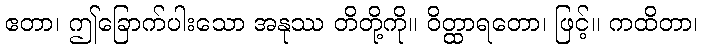
ဧတာ၊ ဤခြောက်ပါးသော အနုဿ တိတို့ကို။ ဝိတ္ထာရတော၊ ဖြင့်။ ကထိတာ၊